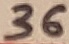
Text: 36